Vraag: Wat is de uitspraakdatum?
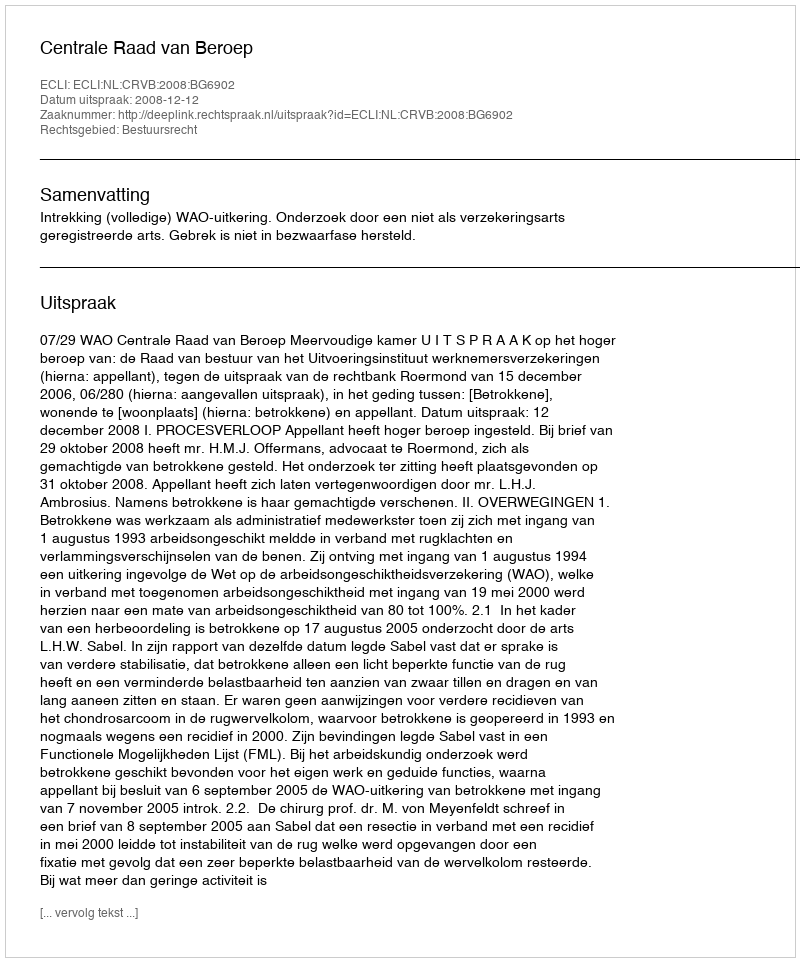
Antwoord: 2008-12-12